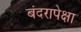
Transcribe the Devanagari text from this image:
बंदरापेक्षा